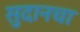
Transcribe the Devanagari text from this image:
सुदानचा